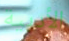
الأدبية